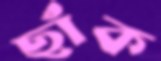
ছাঁক